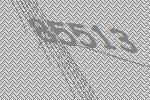
85513